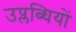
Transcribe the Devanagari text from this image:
उप्लब्धियों